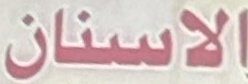
الاسنان